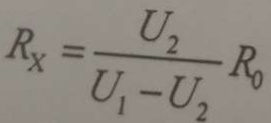
R _ { x } = \frac { U _ { 2 } } { U _ { 1 } - U _ { 2 } } R _ { 0 }